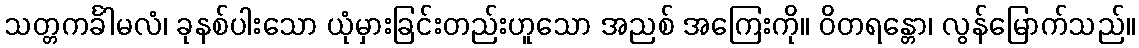
သတ္တကင်္ခါမလံ၊ ခုနစ်ပါးသော ယုံမှားခြင်းတည်းဟူသော အညစ် အကြေးကို။ ဝိတရန္တော၊ လွန်မြောက်သည်။